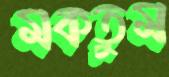
মকতুম